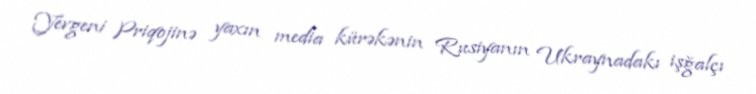
Yevgeni Priqojinə yaxın media kürəkənin Rusiyanın Ukraynadakı işğalçı